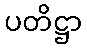
ပတိဋ္ဌာ